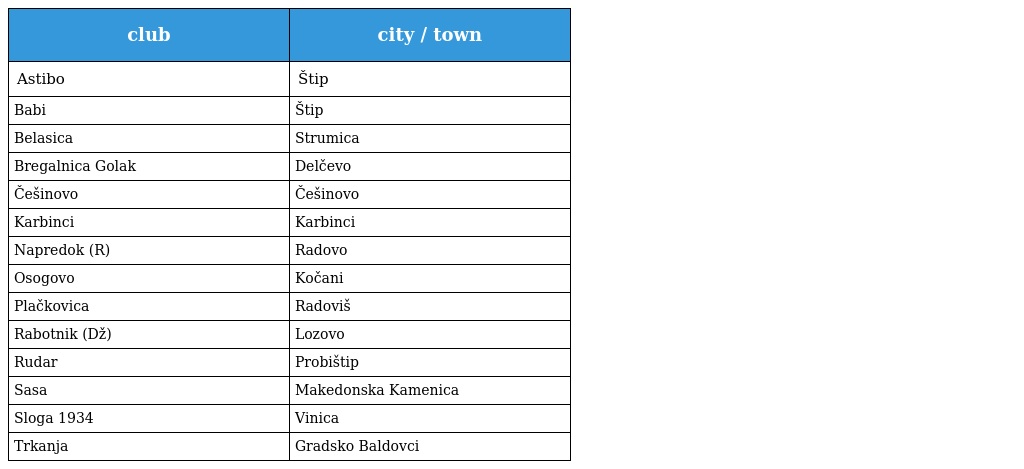
| club | city / town |
 | --- | --- |
 | Astibo | Štip |
 | Babi | Štip |
 | Belasica | Strumica |
 | Bregalnica Golak | Delčevo |
 | Češinovo | Češinovo |
 | Karbinci | Karbinci |
 | Napredok (R) | Radovo |
 | Osogovo | Kočani |
 | Plačkovica | Radoviš |
 | Rabotnik (Dž) | Lozovo |
 | Rudar | Probištip |
 | Sasa | Makedonska Kamenica |
 | Sloga 1934 | Vinica |
 | Trkanja | Gradsko Baldovci |